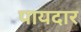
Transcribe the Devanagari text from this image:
पायदार